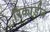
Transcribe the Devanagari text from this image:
रिकार्डज़